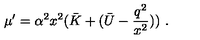
\mu ^ { \prime } = \alpha ^ { 2 } x ^ { 2 } ( \bar { K } + ( \bar { U } - \frac { q ^ { 2 } } { x ^ { 2 } } ) ) \ .